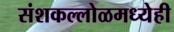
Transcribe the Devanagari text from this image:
संशकल्लोळमध्येही